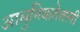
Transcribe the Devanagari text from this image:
आधुनिकतेतली